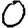
Digit: 0